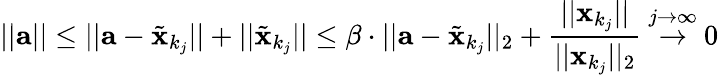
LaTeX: ||{\textbf{a}}||\leq||{\textbf{a}}-{\tilde{\textbf{x}}}_{k_{j}}||+||{\tilde{\textbf{x}}}_{k_{j}}||\leq\beta\cdot||{\textbf{a}}-{\tilde{\textbf{x}}}_{k_{j}}||_{2}+{\frac{||{\textbf{x}}_{k_{j}}||}{||{\textbf{x}}_{k_{j}}||_{2}}}\ {\overset{j\to\infty}{\to}}\ 0